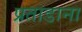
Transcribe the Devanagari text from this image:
प्रताडाना